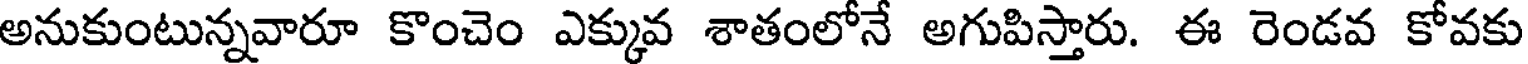
అనుకుంటున్నవారూ కొంచెం ఎక్కువ శాతంలోనే అగుపిస్తారు. ఈ రెండవ కోవకు